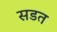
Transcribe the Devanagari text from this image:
सडत